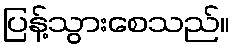
ပြန့်သွားစေသည်။